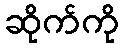
ဆိုက်ကို